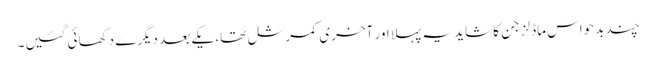
چند بدحواس ماڈلز جن کا شاید یہ پہلا اور آخری کمرشل تھا، یکے بعد دیگرے دکھائی گئیں۔